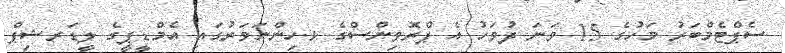
ސެޕްޓެމްބަރު މަހުގެ 15 ވަނަ ދުވަހު އެ ޕްރޮވިންސްގެ ޅ.ހިންނަވަރުގައި އެމްޑީޕީގެ ލީޑަރޝިޕް